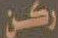
ركن